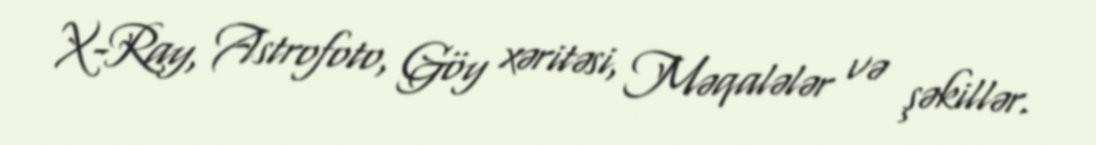
X-Ray, Astrofoto, Göy xəritəsi, Məqalələr və şəkillər.